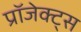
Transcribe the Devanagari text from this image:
प्रॉजेक्ट्स